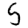
Digit: 5